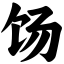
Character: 饧